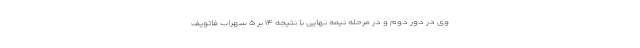
وی در دور دوم و در مرحله نیمه نهایی با نتیجه ۱۴ بر ۵ سهراب فاتویف